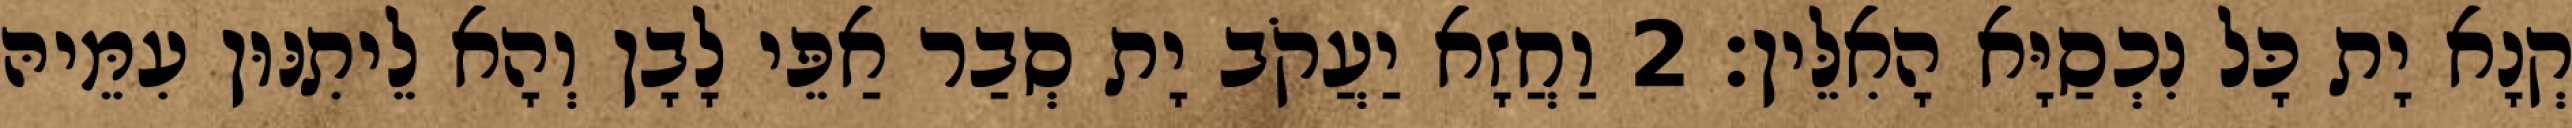
קְנָא יָת כָּל נִכְסַיָּא הָאִלֵּין׃ 2 וַחֲזָא יַעֲקֹב יָת סְבַר אַפֵּי לָבָן וְהָא לֵיתִנּוּן עִמֵּיהּ